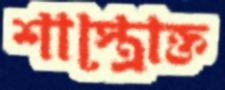
শাস্ত্রোক্ত